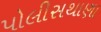
પોલીસથાણા